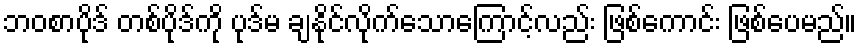
ဘဝစာပိုဒ် တစ်ပိုဒ်ကို ပုဒ်မ ချနိုင်လိုက်သောကြောင့်လည်း ဖြစ်ကောင်း ဖြစ်ပေမည်။